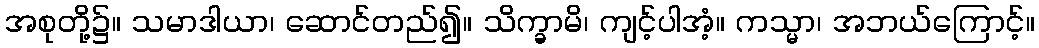
အစုတို့၌။ သမာဒါယာ၊ ဆောင်တည်၍။ သိက္ခာမိ၊ ကျင့်ပါအံ့။ ကသ္မာ၊ အဘယ်ကြောင့်။